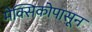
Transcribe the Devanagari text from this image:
मेक्सिकोपासून